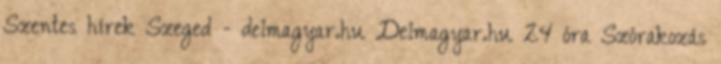
Szentes hírek Szeged - delmagyar.hu Delmagyar.hu 24 óra Szórakozás